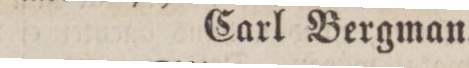
Carl Bergman.